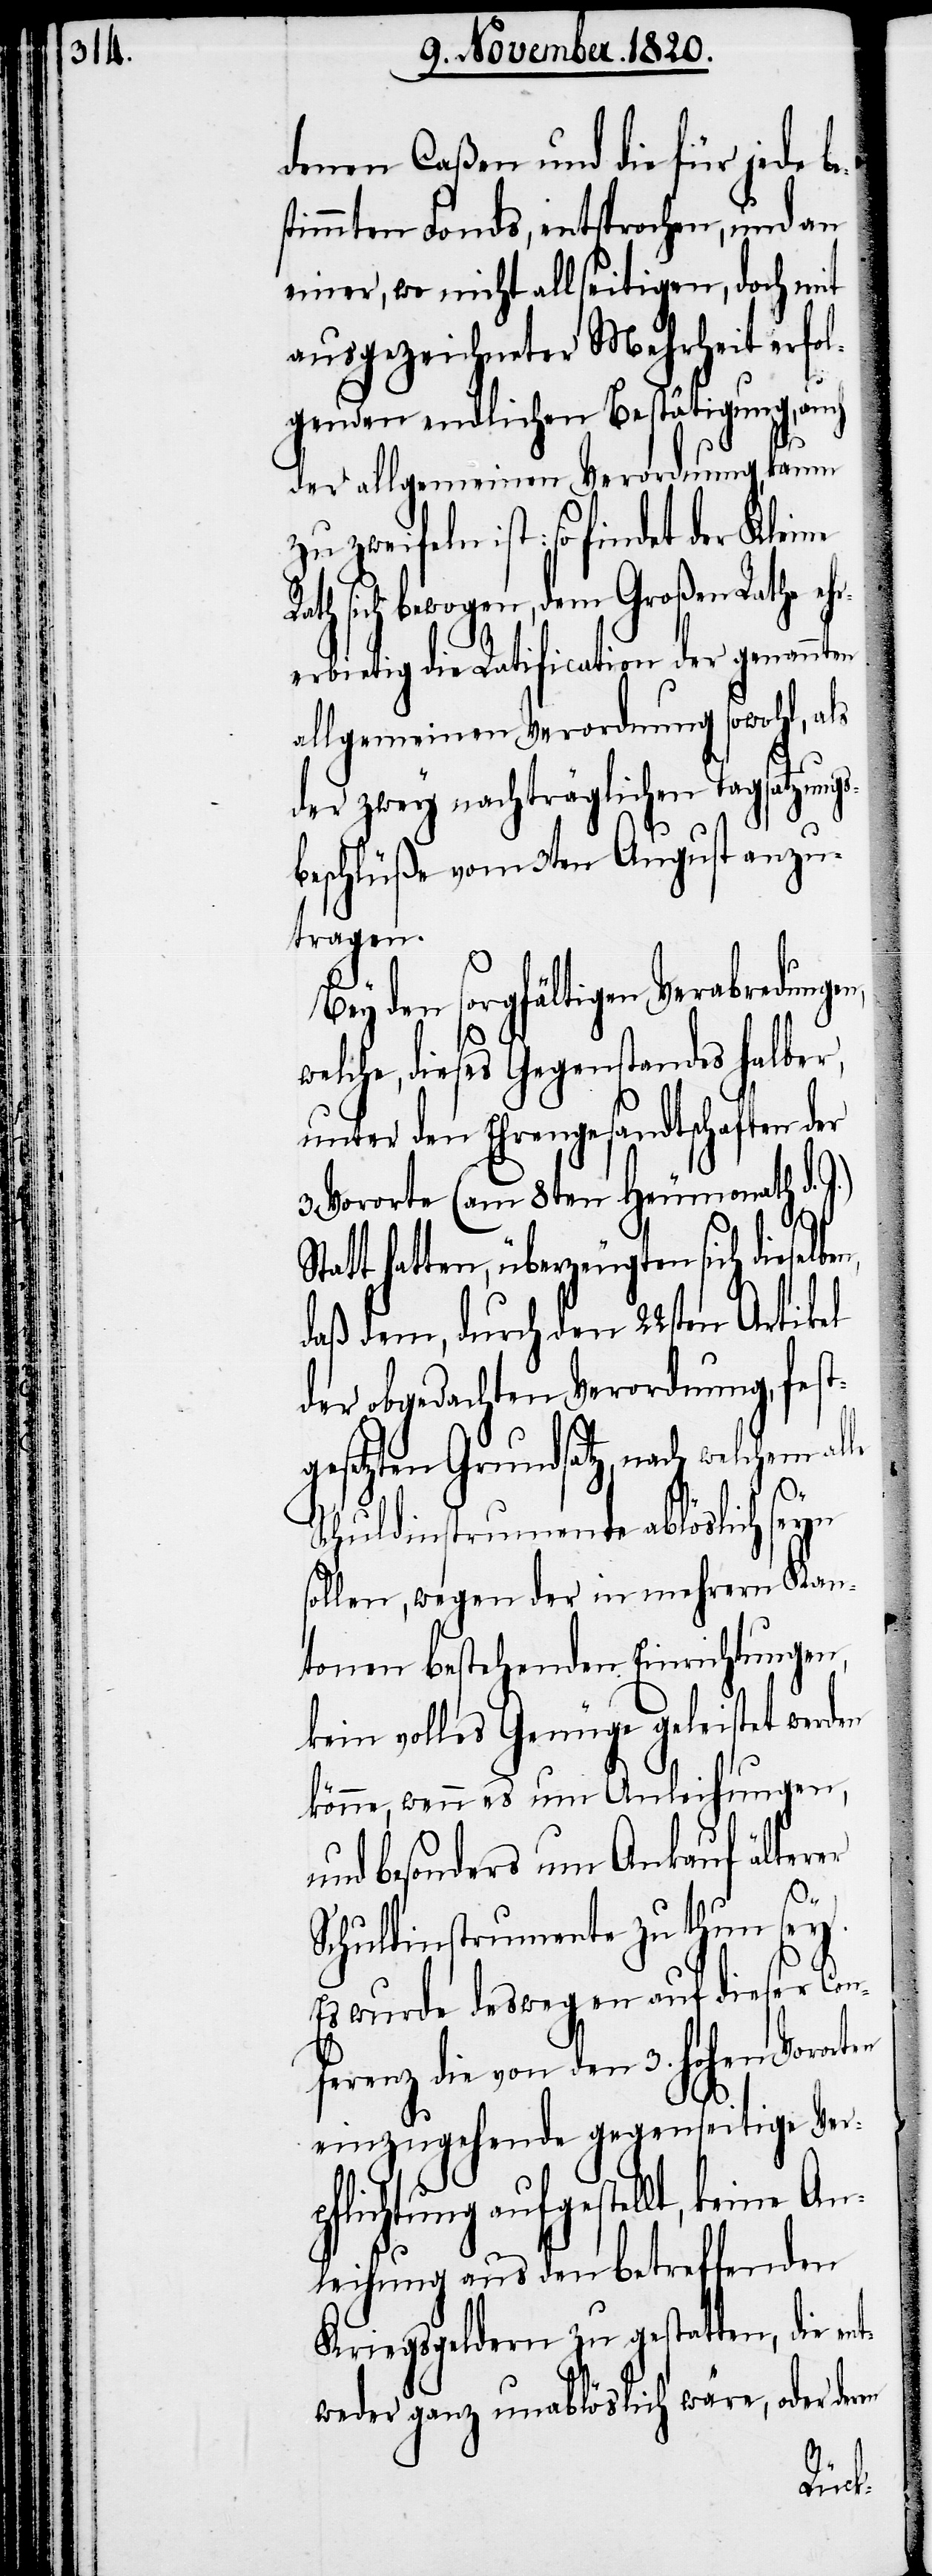
denen Caßen und die für jede b¬
timmten Fonds, entsprochen, und an
einer, wo nicht allseitigen, doch mit
ausgezeichneter Mehrheit erfol¬
genden endlichen Bestätigung,
der allgemeinen Verordnung, kaum
zweifeln ist: so findet der Kleine
ath sich bewogen, dem Großen Rathe eh¬
rerbietig die Ratification der genannt¬
allgemeinen Verordnung sowohl, als
der zwey nachträglichen Tagsatzungs¬
beschlüße vom 3ten August anzu¬
tragen.
Bey den sorgfältigen Verabredunge¬
elche, dieses Gegenstandes halber,
unter den Ehrengesandtschaften der
Vororte (am 8ten Heumonath d.
Statt hatten, überzeugten sich dieselb¬
daß dem, durch den 22sten Artikel
der obgedachten Verordnung, fest¬
gesetzten Grundsatz nach welchem a¬
en
Schuldinstrumente ablöslich seyn
sollen, wegen der in mehrern Kan¬
tonen bestehenden Einrichtungen,
kein volles Genüge geleistet werden
könne, wenn es nun Anleihungen,
und besonders um Ankauf älterer
Schuldinstrumente zu thun sey.
Es wurde deswegen auf dieser Con¬
ferenz die von den 3. hohen Vorort¬
einzugehende gegenseitige Ver¬
pflichtung aufgestellt, kein¬
leihung aus den betreffenden
Kriegsgeldern zu gestatten, die e¬
weder ganz unablöslich wäre, oder de¬
ren
An¬